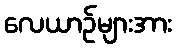
လေယာဉ်များအား